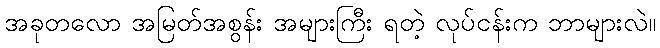
အခုတလော အမြတ်အစွန်း အများကြီး ရတဲ့ လုပ်ငန်းက ဘာများလဲ။